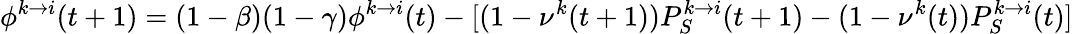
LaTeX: \phi^{k\to i}(t+1)=(1-\beta)(1-\gamma)\phi^{k\to i}(t)-[(1-\nu^{k}(t+1))P_{S}^{k\to i}(t+1)-(1-\nu^{k}(t))P_{S}^{k\to i}(t)]